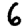
Digit: 6